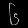
Digit: ၆